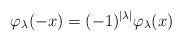
LaTeX: \begin{align*}\varphi_\lambda(-x)=(-1)^{|\lambda|} \varphi_\lambda(x)\end{align*}